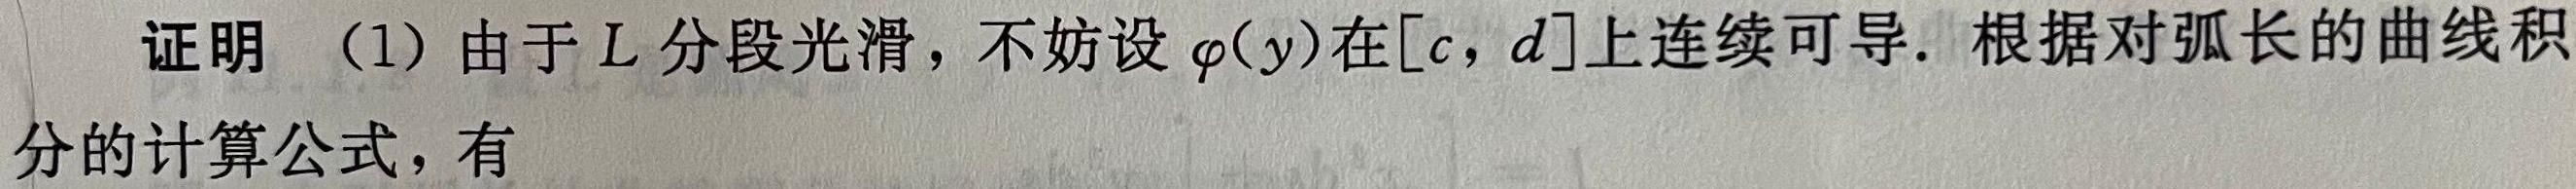
证明 （1）由于$L$分段光滑，不妨设$\varphi(y)$在$[c,d]$上连续可导. 根据对弧长的曲线积分的计算公式，有